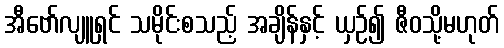
အီဗော်လျူရှင် သမိုင်းစသည့် အချိန်နှင့် ယှဉ်၍ ဇီဝသို့မဟုတ်